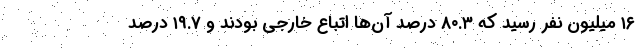
۱۶ میلیون نفر رسید که ۸۰.۳ درصد آن‌ها اتباع خارجی بودند و ۱۹.۷ درصد